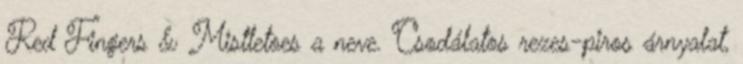
Red Fingers & Mistletoes a neve. Csodálatos rezes-piros árnyalat,